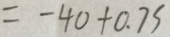
= - 4 0 + 0 . 7 5